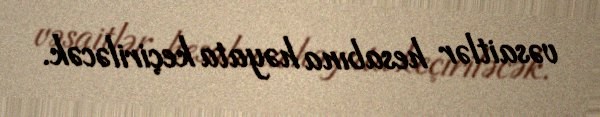
vəsaitlər hesabına həyata keçiriləcək.